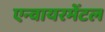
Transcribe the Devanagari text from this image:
एन्वायरमेंटल